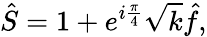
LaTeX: \hat{S}=1+e^{i\frac{\pi}{4}}\sqrt{k}\hat{f},